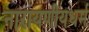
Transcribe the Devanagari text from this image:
नारायणीयधर्म